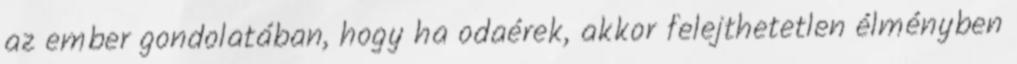
az ember gondolatában, hogy ha odaérek, akkor felejthetetlen élményben